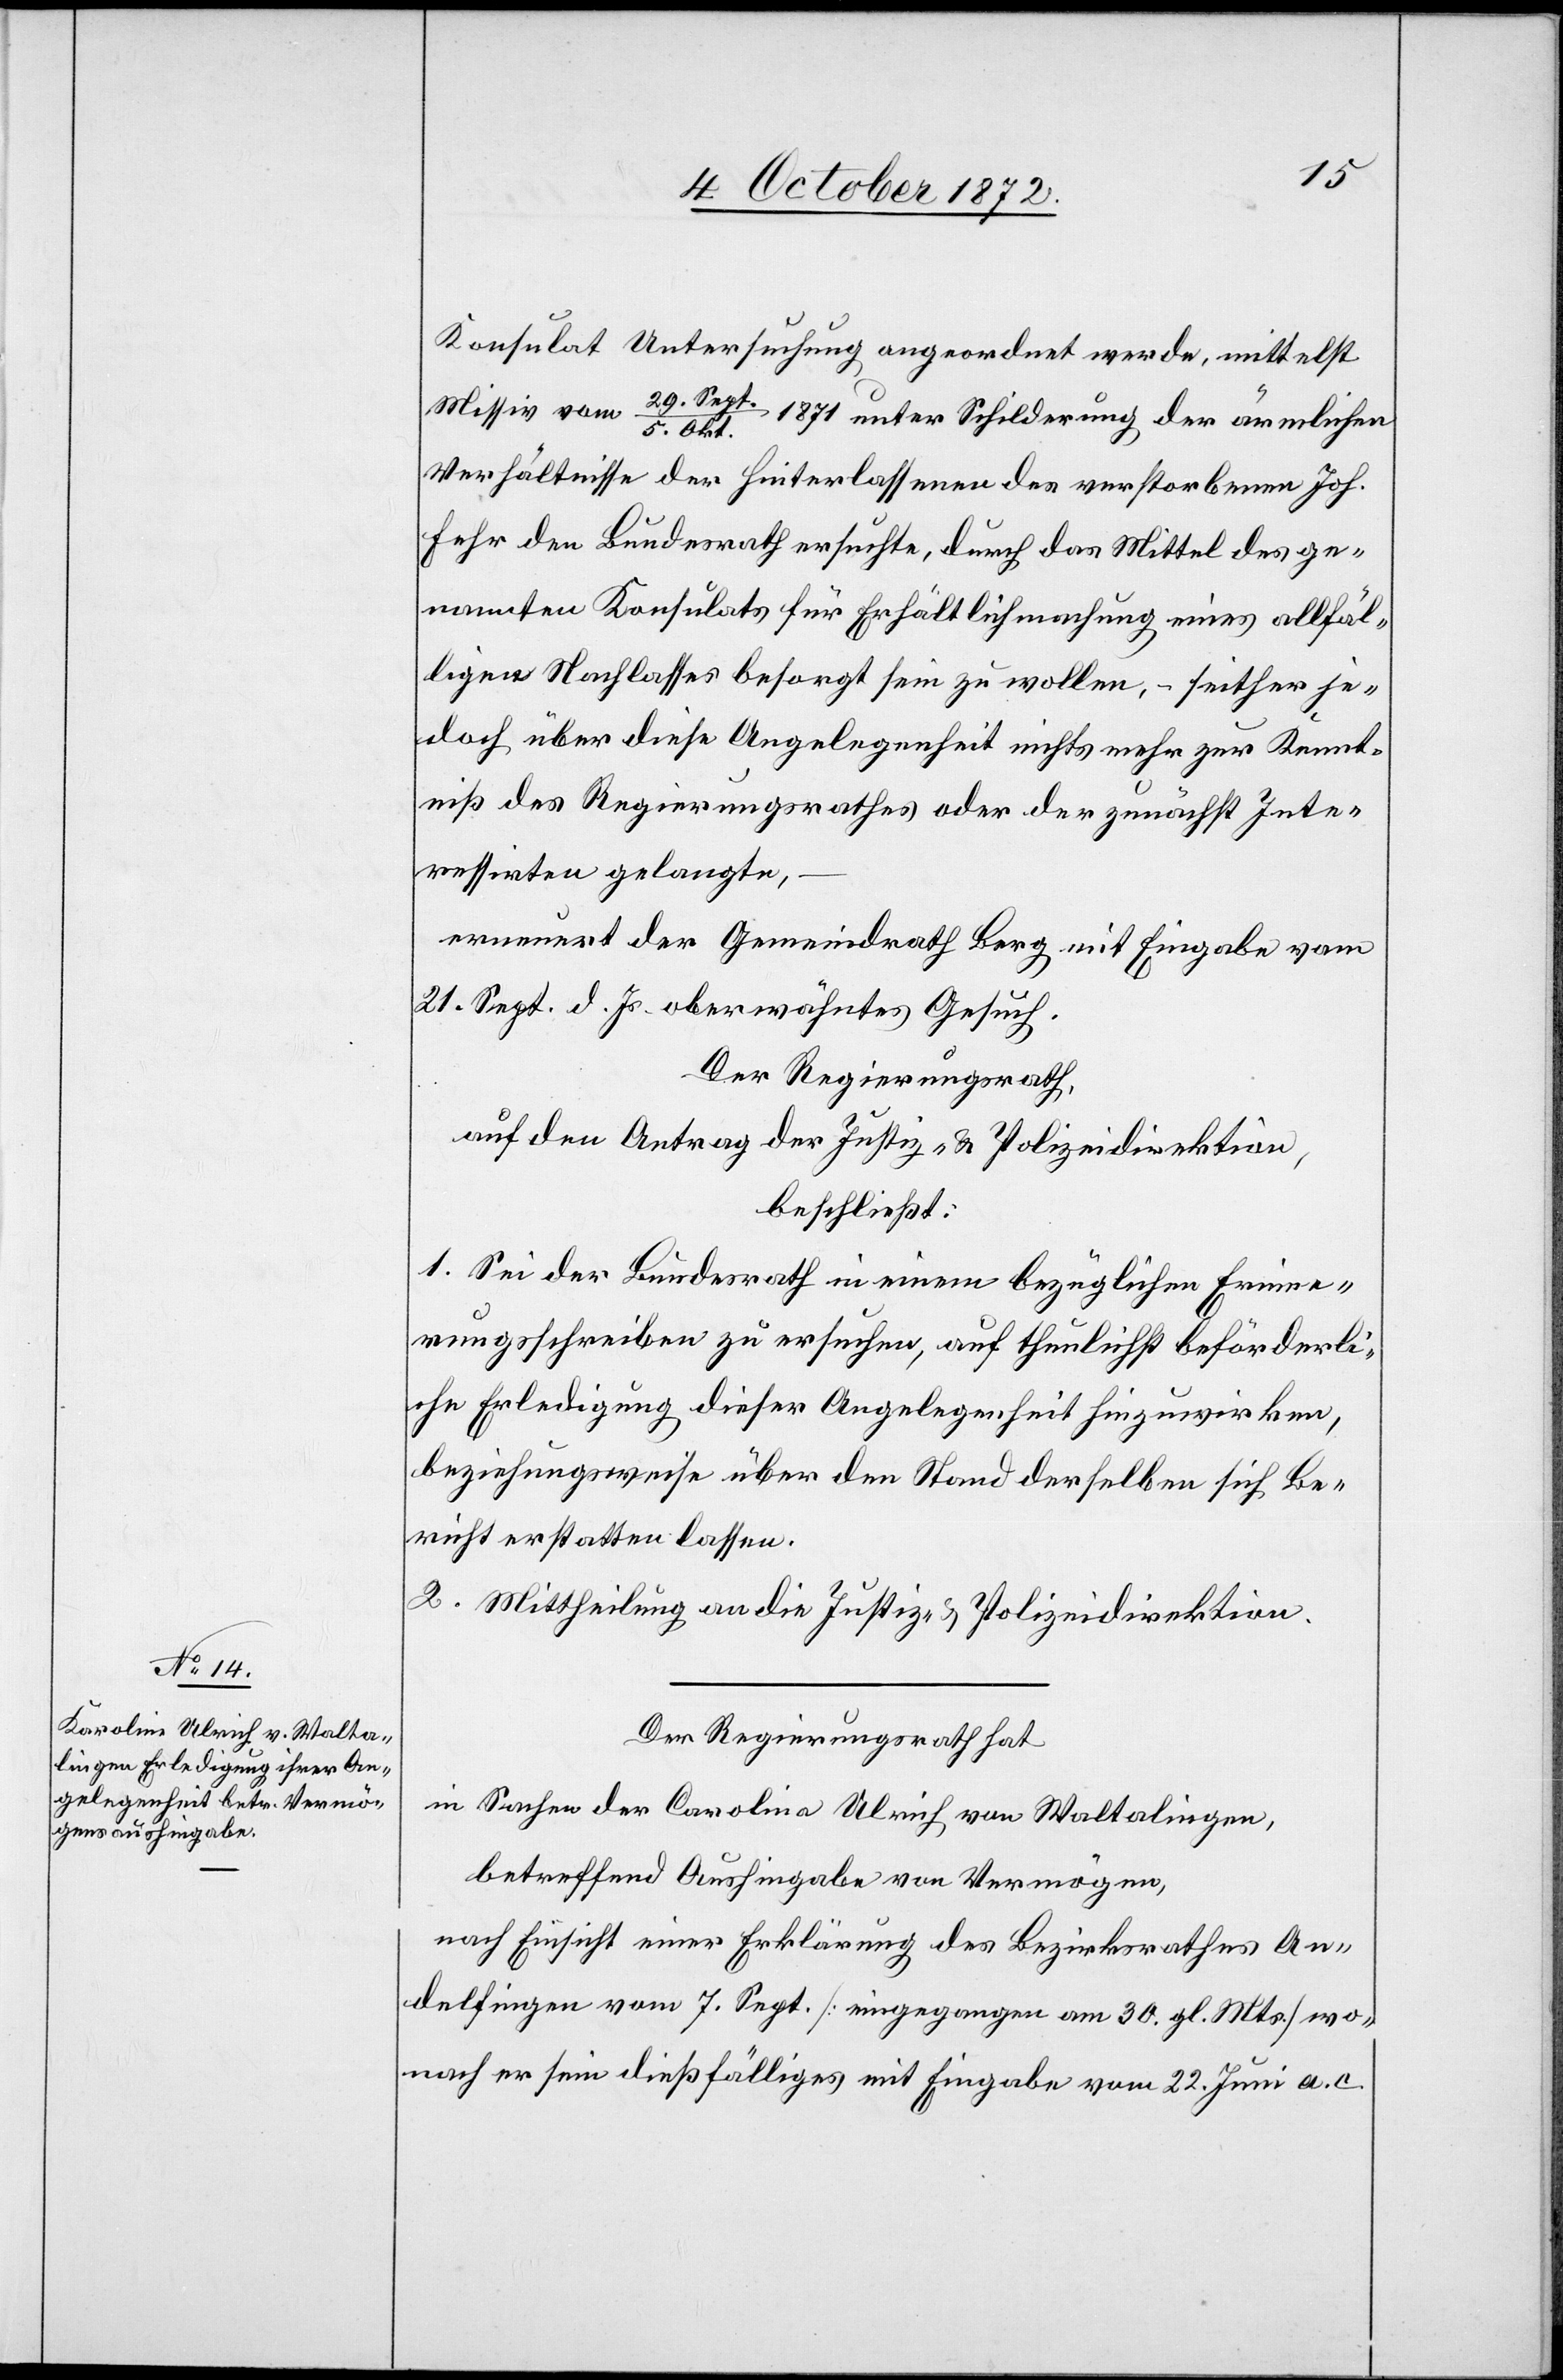
Konsulat Untersuchung angeordnet werde, mittelst
Missiv vom
Okt. 1871 unter Schilderung der ärmlichen
Verhältnisse der Hinterlassenen des verstorbenen Joh.
Fehr den Bundesrath ersuche, durch das Mittel des ge¬
nannten Konsulats für Erhältlichmachung eines allfäl¬
ligen Nachlasses besorgt sein zu wollen, – seither je¬
doch über diese Angelegenheit nichts mehr zur Kennt¬
niß des Regierungsrathes oder der zunächst Inte¬
ressirten gelangte,
erneuert der Gemeindrath Berg mit Eingabe vom
21. Sept. d. Js. oberwähntes Gesuch.
Der Regierungsrath,
auf den Antrag der Justiz- u. Polizeidirektion,
beschließt:
1. Sei der Bundesrath in einem bezüglichen Erinne¬
rungsschreiben zu ersuchen, auf thunlichst beförderli¬
che Erledigung dieser Angelegenheit hinzuwirken,
beziehungsweise über den Stand derselben sich Be¬
richt erstatten lassen.
2. Mittheilung an die Justiz- u. Polizeidirektion.
Der Regierungsrath hat
in Sachen der Carolina [sic!] Ulrich von Waltalingen,
betreffend Aushingabe von Vermögen,
nach Einsicht einer Erklärung des Bezirksrathes An¬
delfingen vom 7. Sept. [eingegangen am 30. gl. Mts.] wo¬
nach er sein dießfälliges mit Eingabe vom 22. Juni a. c.